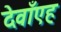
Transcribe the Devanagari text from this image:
देवाँएह